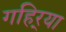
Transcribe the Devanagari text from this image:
गहिर्‍या